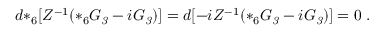
d { * _ { 6 } } [ Z ^ { - 1 } ( * _ { 6 } G _ { \it 3 } - i G _ { \it 3 } ) ] = d [ - i Z ^ { - 1 } ( * _ { 6 } G _ { \it 3 } - i G _ { \it 3 } ) ] = 0 \ .